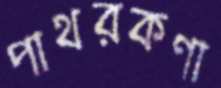
পাথরকণা